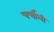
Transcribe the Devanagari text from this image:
चर्चीली